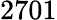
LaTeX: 2701